Annual report of the Civil Veterinary Department, Bengal, for the year 1897-98 - 1897-1898
Year: 1897
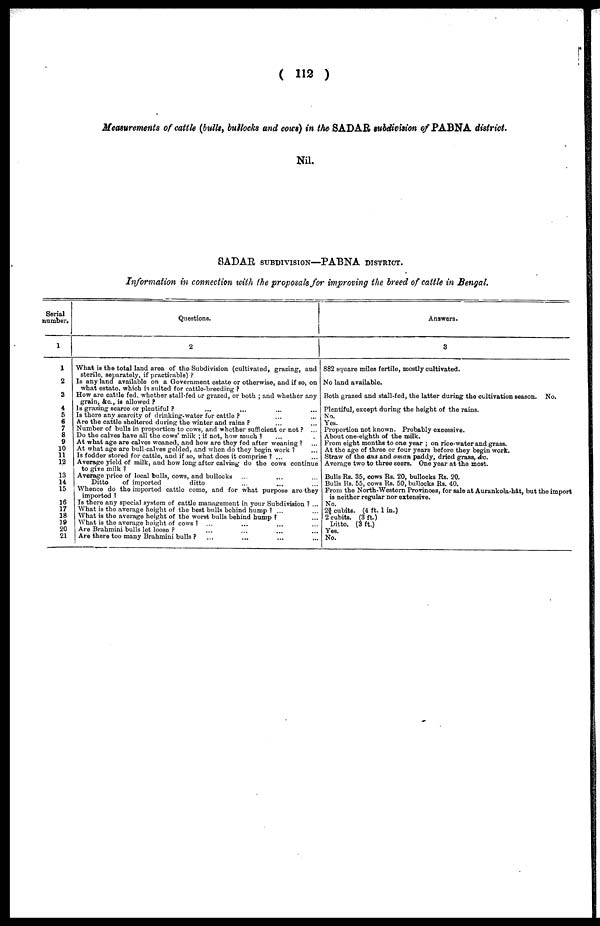
(112)
Measurements of cattle (bulls, bullocks and cows) in the SADAR subdivision of PABNA district.
Nil.
RADAR SUBDIVISION—PABNA DISTRICT.
Information in connection with the proposals for improving the breed of cattle in Bengal.
Serial
number.
1
1
2
3
4
5
6
7
8
9
10
11
12
13
14
15
16
17
18
19
20
21
Questions.
2
What is the total land area of the Subdivision (cultivated, grazing, and
sterile, separately, if practicable)?
Is any land available on a Government estate or otherwise, and if so, on
what estate, which is suited for cattle-breeding?
How are cattle fed, whether stall-fed or grazed, or both; and whether any
grain, &c., is allowed?
Is grazing scarce or plentiful? ... ... ... ...
Is there any scarcity of drinking-water for cattle? ... ...
Are the cattle sheltered during the winter and rains? ... ...
Number of bulls in proportion to cows, and whether sufficient or not? ...
Do the calves have all the cows' mlik; if not, how much? ... ...
At what age are calves weaned, and how are they fed after weaning? ...
At what age are bull-calves gelded, and when do they begin work? ...
Is fodder stored for cattle, and if so, what does it comprise? ... ...
Average yield of milk, and how long after calving do the cows continue
to give milk?
Average price of local bulls, cows, and bullocks ... ... ...
Ditto
of imported
ditto ... ... ...
Whence do the imported cattle come, and for what purpose are they
imported?
Is there any special system of cattle management in your Subdivision? ...
What is the average height of the best bulls behind hump? ... ...
What is the average height of the worst bulls behind hump? ... ...
What is the average height of cows? ... ... ... ...
Are Brahmini bulls let loose? ... ... ... ...
Are there too many Brahmini bulls? ... ... ... ...
Answers.
3
882 square miles fertile, mostly cultivated.
No land available.
Both grazed and stall-fed, the latter during the cultivation season. No.
Plentiful, except during the height of the rains.
No.
Yes.
Proportion not known. Probably excessive.
About one-eighth of the milk.
From eight months to one year; on rice-water and grass.
At the age of three or four years before they begin work.
Straw of the aus and aman paddy, dried grass, &c.
Average two to three seers. One year at the most.
Bulls Rs. 35, cows Rs. 20, bullocks Rs. 20.
Bulls Rs. 55, cows Rs. 50, bullocks Rs. 40.
From the North-Western Provinces, for sale at Aurankola-hât, but the import
is neither regular nor extensive.
No.
23/4 cubits. (4 ft. 1 in.)
2 cubits. (3 ft)
Ditto. (3 ft.)
Yes.
No.